Annual administration report of the Civil Veterinary Department of India - 1893-1894
Year: 1893
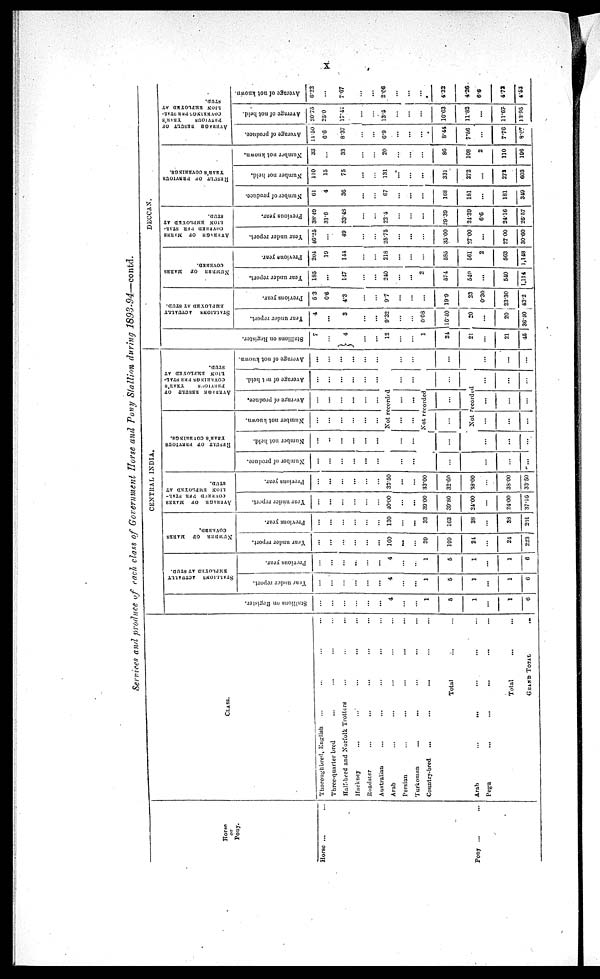
x
Services and produce of each class of Government Horse and Pony Stallion during 1893-94—contd.
Horse
or
Pony.
Horse ... ...
Pony ... ...
CLASS.
Thoroughbred, English ... ... ... ...
Three-quarter bred ... ... ... ...
Half-bred and Norfolk Trotters ... ... ...
Hackney ... ... ... ... ...
Roadster ... ... ... ... ...
Australian ... ... ... ... ...
Arab ... ... ... ... ...
Persian ... ... ... ... ...
Turkoman ... ... ... ... ...
Country-bred
...
...
... ... ...
Total ... ...
Arab
...
... ... ... ...
Pegu ... ... ... ... ...
Total ... ...
GRAND
TOTAL
...
CENTRAL INDIA.
Stallions on Register.
...
...
...
...
...
...
4
...
...
1
5
1
...
1
6
STALLIONS ACTUALLY
EMPLOYED AT STUD.
Year under report.
...
...
...
...
...
...
4
...
...
1
5
1
...
1
6
Previous your.
...
...
...
...
...
...
4
...
...
1
5
1
...
1
6
NUMBER OF MARES
COVERED.
Year under report.
...
...
...
...
...
...
160
...
...
39
199
24
...
24
223
Previous year.
...
...
...
...
...
...
130
...
...
33
163
38
...
38
201
AVERAGE OF MARES
COVERED PER STAL-
LION EMPLOYED AT
STUD.
Year under report.
...
...
...
...
...
...
40.00
...
...
39.00
39.80
24.00
...
24.00
37.16
Previous year.
...
...
...
...
...
...
32.50
...
...
33.00
32.60
38.00
...
38.00
33.50
RESULT OF PREVIOUS
YEAR'S COVERINGS.
Number of produce.
...
...
...
...
...
...
Number not held.
...
...
...
...
...
...
Number not known.
...
...
...
...
...
...
AVERAGE RESULT OF
PREVIOUS
YEAR'S
COVERINGS PER STAL-
LION EMPLOYED AT
STUD.
Average of produce.
...
...
...
...
...
...
Average of net held.
...
...
...
...
...
...
Average of not known.
...
...
...
...
...
...
Not recorded
...
...
...
...
...
...
...
...
...
...
...
...
N o t recorded
... ... ... ... ... ...
Not recorded
...
...
...
...
...
...
...
...
...
...
...
...
...
...
...
...
...
...
DECCAN.
Stallions on Register.
7
...
4
...
...
12
...
...
1
24
21
...
21
45
STALLIONS ACTUALLY
EMPLOYED AT STUD.
Year under report.
4
...
3
...
...
9.32
...
...
0.08
16.40
20
. . .
20
36.40
Previous year.
5.3
0.6
4.3
...
...
9.7
...
...
...
19.9
23
0.30
23.30
43.2
NUMBER OF MARES
COVERED.
Year under report.
185
...
147
...
...
240
...
...
2
571
540
...
540
1,114
Previous year.
204
19
144
...
...
218
...
...
...
585
561
2
563
1,148
AVERAGE OF MARES
COVERED PER STAL-
---- EMPLOYED AT
STUD.
Year under report.
46.25
...
49
...
...
25.75
...
...
...
35.00
27.00
...
27.00
30.60
Previous year.
38.49
31.6
33.48
...
...
22.4
...
...
...
29.39
24.39
6.6
24.16
26.57
RESULT OF PREVIOUS
YEAR'S COVERINGS.
Number of produce.
61
4
36
...
...
67
...
...
...
168
181
...
181
349
Number nor held.
110
15
75
...
...
131
...
...
...
331
272
...
272
603
Number not known.
33
...
33
...
...
20
...
...
...
86
108
2
110
196
AVERAGE RESULT OF
PREVIOUS
YEAR'S
COVERINGS PER STAL-
LION EMPLOYED AT
STUD.
Average of produce.
11.50
6.6
8.37
...
...
6.9
...
...
...
8.44
7.86
...
7.76
8.07
Average of not held.
20.75
25.0
17.44
...
...
13.5
...
...
...
16.63
11.82
...
11.67
13.95
Average of not known.
6.23
...
7.67
...
...
2.06
...
...
...
4.32
4.26
6.6
4.72
4.53